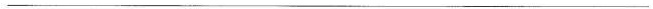
___